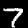
Label: 7